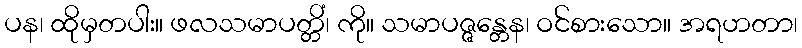
ပန၊ ထိုမှတပါး။ ဖလသမာပတ္တိံ၊ ကို။ သမာပဇ္ဇန္တေန၊ ဝင်စားသော။ အရဟတာ၊